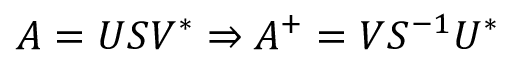
A = U S V ^ { \ast } \Rightarrow A ^ { + } = V S ^ { - 1 } U ^ { \ast }